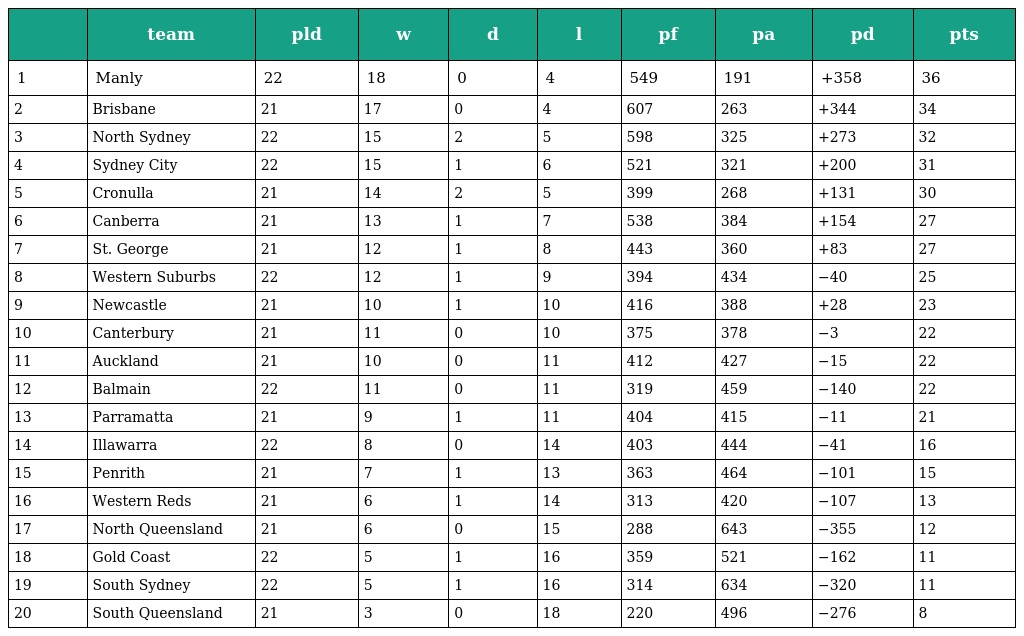
|  | team | pld | w | d | l | pf | pa | pd | pts |
 | --- | --- | --- | --- | --- | --- | --- | --- | --- | --- |
 | 1 | Manly | 22 | 18 | 0 | 4 | 549 | 191 | +358 | 36 |
 | 2 | Brisbane | 21 | 17 | 0 | 4 | 607 | 263 | +344 | 34 |
 | 3 | North Sydney | 22 | 15 | 2 | 5 | 598 | 325 | +273 | 32 |
 | 4 | Sydney City | 22 | 15 | 1 | 6 | 521 | 321 | +200 | 31 |
 | 5 | Cronulla | 21 | 14 | 2 | 5 | 399 | 268 | +131 | 30 |
 | 6 | Canberra | 21 | 13 | 1 | 7 | 538 | 384 | +154 | 27 |
 | 7 | St. George | 21 | 12 | 1 | 8 | 443 | 360 | +83 | 27 |
 | 8 | Western Suburbs | 22 | 12 | 1 | 9 | 394 | 434 | −40 | 25 |
 | 9 | Newcastle | 21 | 10 | 1 | 10 | 416 | 388 | +28 | 23 |
 | 10 | Canterbury | 21 | 11 | 0 | 10 | 375 | 378 | −3 | 22 |
 | 11 | Auckland | 21 | 10 | 0 | 11 | 412 | 427 | −15 | 22 |
 | 12 | Balmain | 22 | 11 | 0 | 11 | 319 | 459 | −140 | 22 |
 | 13 | Parramatta | 21 | 9 | 1 | 11 | 404 | 415 | −11 | 21 |
 | 14 | Illawarra | 22 | 8 | 0 | 14 | 403 | 444 | −41 | 16 |
 | 15 | Penrith | 21 | 7 | 1 | 13 | 363 | 464 | −101 | 15 |
 | 16 | Western Reds | 21 | 6 | 1 | 14 | 313 | 420 | −107 | 13 |
 | 17 | North Queensland | 21 | 6 | 0 | 15 | 288 | 643 | −355 | 12 |
 | 18 | Gold Coast | 22 | 5 | 1 | 16 | 359 | 521 | −162 | 11 |
 | 19 | South Sydney | 22 | 5 | 1 | 16 | 314 | 634 | −320 | 11 |
 | 20 | South Queensland | 21 | 3 | 0 | 18 | 220 | 496 | −276 | 8 |